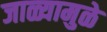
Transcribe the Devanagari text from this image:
जाळ्यामुळे